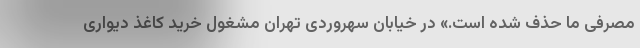
مصرفی ما حذف شده است.» در خیابان سهروردی تهران مشغول خرید کاغذ دیواری